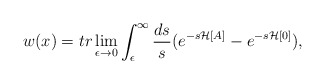
\begin{align*}w(x) = tr \lim_{\epsilon \to 0} \int_\epsilon ^\infty \frac{ds}{s} (e^{-s{\mathcal H}[A]}-e^{-s{\mathcal H}[0]}),\end{align*}